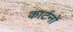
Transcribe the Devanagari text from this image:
कार्टनों